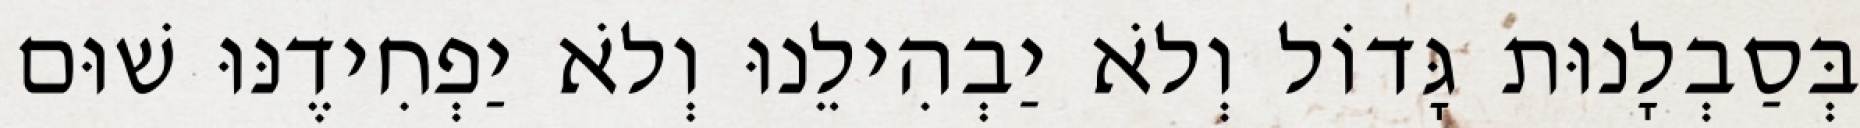
בְּסַבְלָנוּת גָּדוֹל וְלֹא יַבְהִילֵנוּ וְלֹא יַפְחִידֶנּוּ שׁוּם